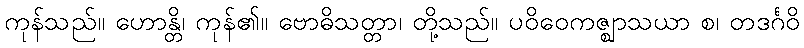
ကုန်သည်။ ဟောန္တိ၊ ကုန်၏။ ဗောဓိသတ္တာ၊ တို့သည်။ ပဝိဝေကဇ္ဈာသယာ စ၊ တဒင်္ဂဝိ